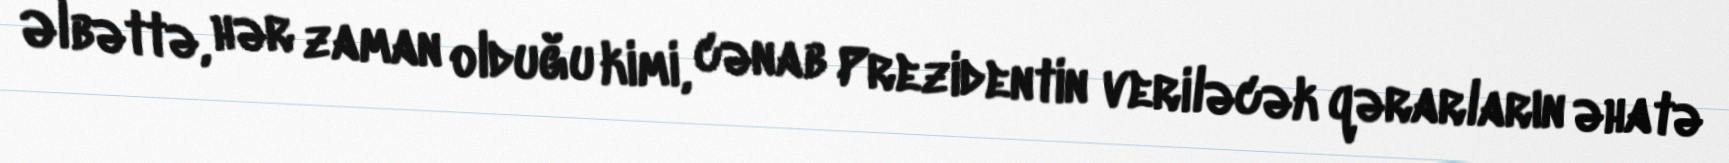
Əlbəttə, hər zaman olduğu kimi, cənab Prezidentin veriləcək qərarların əhatə